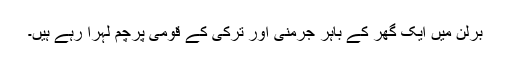
برلن میں ایک گھر کے باہر جرمنی اور ترکی کے قومی پرچم لہرا رہے ہیں۔